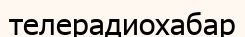
телерадиохабар